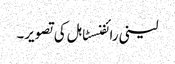
لینی رائفنسٹاہل کی تصویر۔